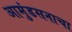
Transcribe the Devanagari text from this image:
आमुंडसनाचा